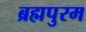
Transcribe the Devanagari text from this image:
ब्रह्मपुरम